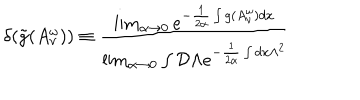
\delta ( \tilde { g } ( A _ { \nu } ^ { \omega } ) ) \equiv \frac { \lim _ { \alpha \rightarrow 0 } e ^ { - \frac { 1 } { 2 \alpha } \int g ( A _ { \nu } ^ { \omega } ) d x } } { \lim _ { \alpha \rightarrow 0 } \int { \cal D } \Lambda e ^ { - \frac { 1 } { 2 \alpha } \int d x \Lambda ^ { 2 } } }